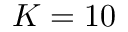
K = 1 0